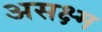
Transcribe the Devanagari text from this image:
असक्ष्म